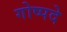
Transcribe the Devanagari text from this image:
गोष्पदे